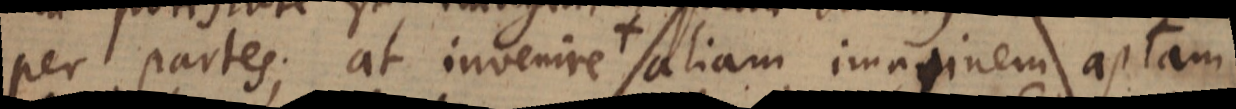
per partes; at invenire + aliam imaginem aptam